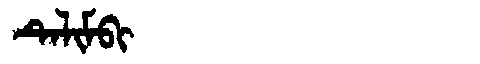
Manchu: ᡨᡝᠯᡳᠮᠪᡳ
Romanization: TELIMBI